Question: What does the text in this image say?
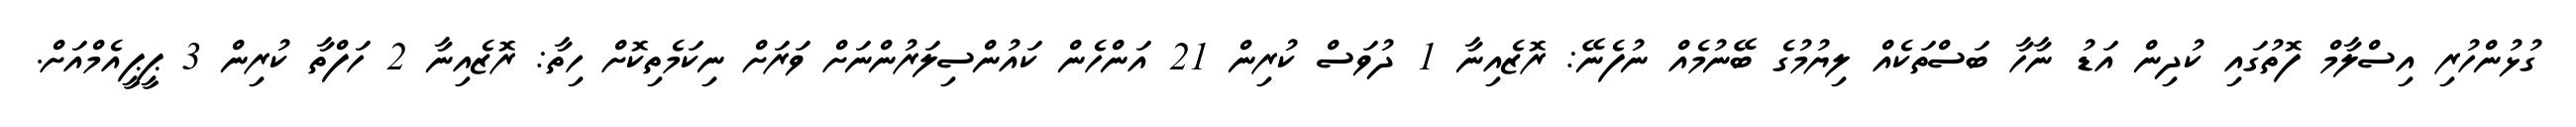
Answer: ގުޅުންހުރި އިސްލާމް ފޮތުގައި ކުދިން އަޑު ނާހާ ބަސްތަކެއް ލިޔުމުގެ ބޭނުމެއް ނުފެނޭ: ރޮޒެއިނާ 1 ދުވަސް ކުރިން 21 އަންހެން ކައުންސިލަރުންނަށް ވަރަށް ނިކަމެތިކޮށް ހިތާ: ރޮޒެއިނާ 2 ހަފްތާ ކުރިން 3 ޕީޕީއެމްއަށް.